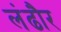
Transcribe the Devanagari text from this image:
लंढौर